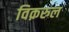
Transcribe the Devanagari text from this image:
विक़रुल